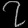
Digit: ၇